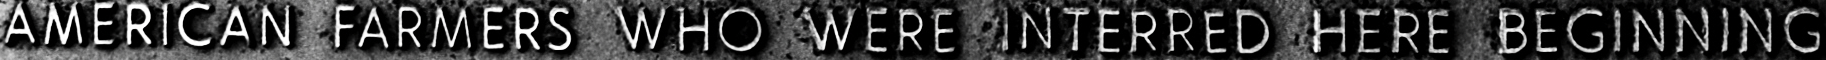
AMERICAN FARMERS WHO WERE INTERRED HERE BEGINNING